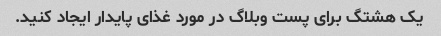
یک هشتگ برای پست وبلاگ در مورد غذای پایدار ایجاد کنید.